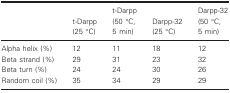
<table><thead><tr><td></td><td><b>t‐Darpp (25 °C)</b></td><td><b>t‐Darpp (50 °C, 5 min)</b></td><td><b>Darpp‐32 (25 °C)</b></td><td><b>Darpp‐32 (50 °C, 5 min)</b></td></tr></thead><tbody><tr><td>Alpha helix (%)</td><td>12</td><td>11</td><td>18</td><td>12</td></tr><tr><td>Beta strand (%)</td><td>29</td><td>31</td><td>23</td><td>32</td></tr><tr><td>Beta turn (%)</td><td>24</td><td>24</td><td>30</td><td>26</td></tr><tr><td>Random coil (%)</td><td>35</td><td>34</td><td>29</td><td>29</td></tr></tbody></table>